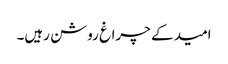
امید کے چراغ روشن رہیں۔